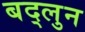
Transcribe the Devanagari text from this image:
बद्लुन